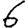
Digit: 6